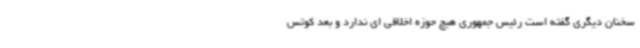
سخنان دیگری گفته است رئیس جمهوری هیچ حوزه اخلاقی ای ندارد و بعد کوتس